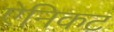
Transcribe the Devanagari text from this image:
ऐनिकट